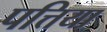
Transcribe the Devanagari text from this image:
पत्तिया